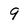
Character: 9